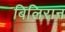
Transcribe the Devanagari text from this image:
बिलिरान